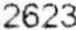
2623